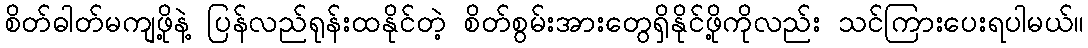
စိတ်ဓါတ်မကျဖို့နဲ့ ပြန်လည်ရုန်းထနိုင်တဲ့ စိတ်စွမ်းအားတွေရှိနိုင်ဖို့ကိုလည်း သင်ကြားပေးရပါမယ်။